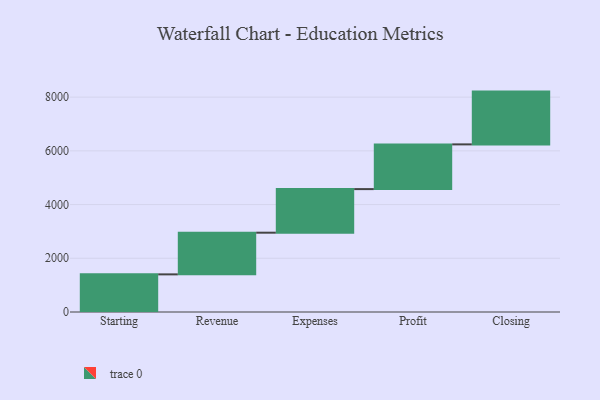
{"axis": {"x": "Step", "y": "Value"}, "legend": [""], "data": [{"x": "Starting", "y": 1401.0, "type": ""}, {"x": "Revenue", "y": 1552.0, "type": ""}, {"x": "Expenses", "y": 1623.0, "type": ""}, {"x": "Profit", "y": 1665.0, "type": ""}, {"x": "Closing", "y": 1965.0, "type": ""}]}